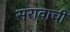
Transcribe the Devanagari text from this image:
सरावाची